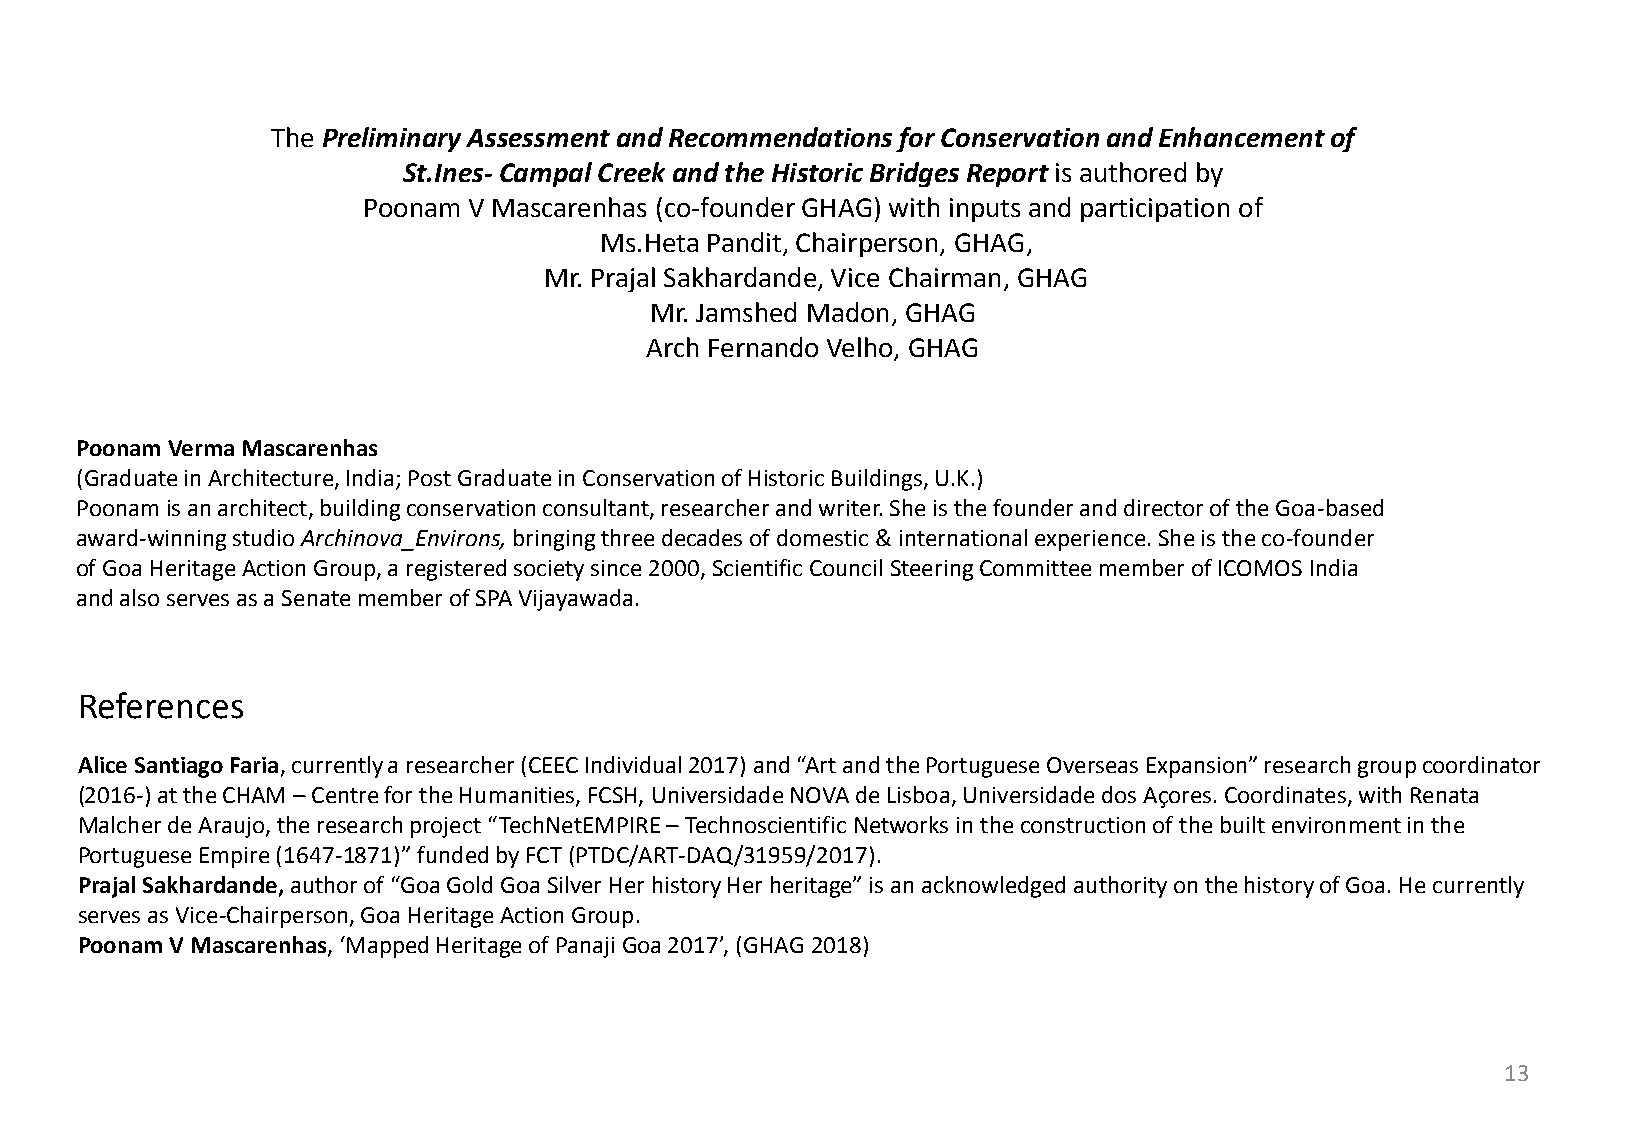
The Preliminary Assessment and Recommendations for Conservation and Enhancement of
 St.Ines- Campal Creek and the Historic Bridges Report is authored by
 Poonam V Mascarenhas (co-founder GHAG) with inputs and participation of
 Ms.Heta Pandit, Chairperson, GHAG,
 Mr. Prajal Sakhardande, Vice Chairman, GHAG
 Mr. Jamshed Madon, GHAG
 Arch Fernando Velho, GHAG
 Poonam Verma Mascarenhas
 (Graduate in Architecture, India; Post Graduate in Conservation of Historic Buildings, U.K.)
 Poonam is an architect, building conservation consultant, researcher and writer. She is the founder and director of the Goa-based
 award-winning studio Archinova_Environs, bringing three decades of domestic & international experience. She is the co-founder
 of Goa Heritage Action Group, a registered society since 2000, Scientific Council Steering Committee member of ICOMOS India
 and also serves as a Senate member of SPA Vijayawada.
 References
 Alice Santiago Faria, currently a researcher (CEEC Individual 2017) and “Art and the Portuguese Overseas Expansion” research group coordinator
 (2016-) at the CHAM – Centre for the Humanities, FCSH, Universidade NOVA de Lisboa, Universidade dos Açores. Coordinates, with Renata
 Malcher de Araujo, the research project “TechNetEMPIRE – Technoscientific Networks in the construction of the built environment in the
 Portuguese Empire (1647-1871)” funded by FCT (PTDC/ART-DAQ/31959/2017).
 Prajal Sakhardande, author of “Goa Gold Goa Silver Her history Her heritage” is an acknowledged authority on the history of Goa. He currently
 serves as Vice-Chairperson, Goa Heritage Action Group.
 Poonam V Mascarenhas, ‘Mapped Heritage of Panaji Goa 2017’, (GHAG 2018)
 13